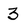
Character: 3